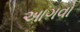
આગવો